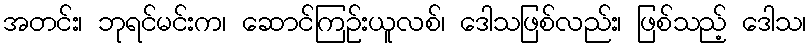
အတင်း၊ ဘုရင်မင်းက၊ ဆောင်ကြဉ်းယူလစ်၊ ဒေါသဖြစ်လည်း၊ ဖြစ်သည့် ဒေါသ၊